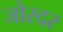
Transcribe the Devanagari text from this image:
जोरदर